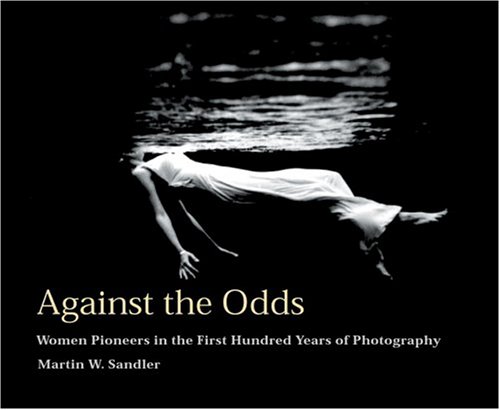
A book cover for Against The Odds: Women Pioneers in The First Hundred Years Of Photography; Martin W. Sandler; Politics & Social Sciences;